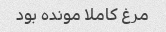
مرغ کاملا مونده بود